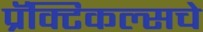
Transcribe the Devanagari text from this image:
प्रॅक्टिकल्सचे